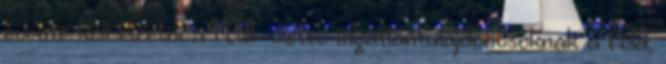
évente kell fizetni a föld- illetve ingatlantulajdonosoknak a föld,